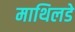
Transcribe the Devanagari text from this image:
माथिलडे